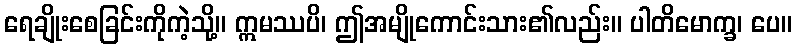
ရေချိုးစေခြင်းကိုကဲ့သို့။ ဣမဿပိ၊ ဤအမျိုကောင်းသား၏လည်း။ ပါတိမောက္ခ၊ ပေ။